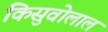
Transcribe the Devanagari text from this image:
किसुवोलाल